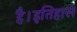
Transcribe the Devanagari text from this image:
है।इतिहास